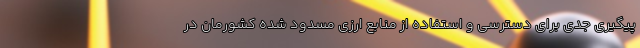
پیگیری جدی برای دسترسی و استفاده از منابع ارزی مسدود شده کشورمان در